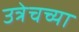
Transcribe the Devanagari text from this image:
उत्रेचच्या